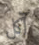
آكل